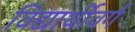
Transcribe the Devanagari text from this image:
विद्यार्थीवर्ग